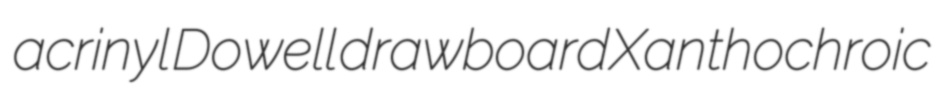
acrinyl Dowell drawboard Xanthochroic